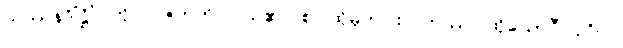
သဿနဒိံဋ္ဌိံ၊ ကို။ ပဇဟတိ၊ ပယ်၏။ စ၊ ထိုမှတပါး။ တဿ၊ ထိုယောဂီ ပုဂ္ဂိုလ်